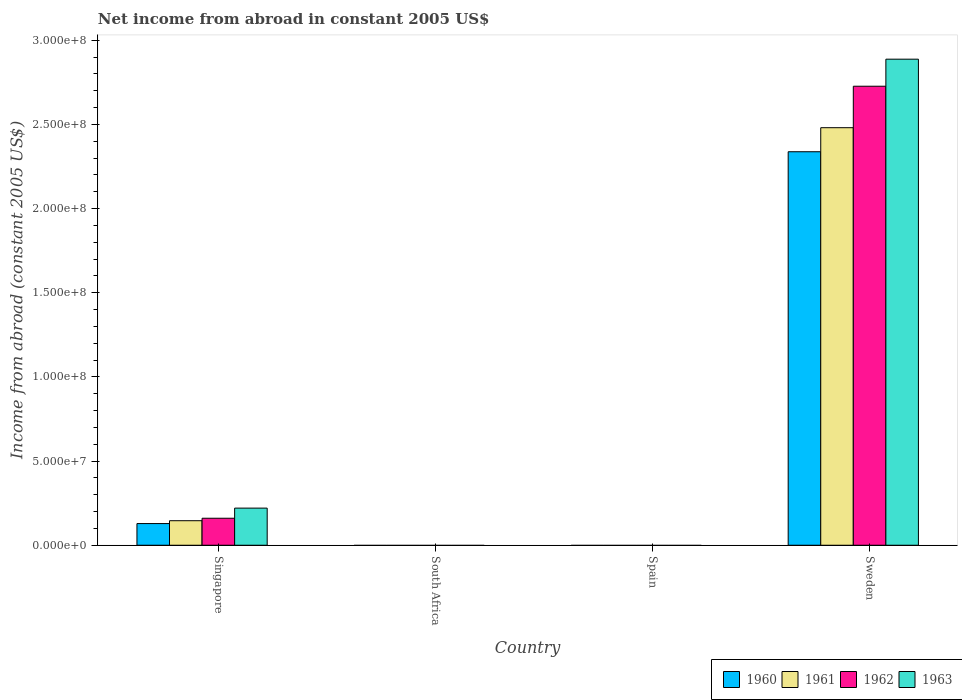
| Country | 1960 | 1961 | 1962 | 1963 |
 | --- | --- | --- | --- | --- |
 | Singapore | 1.29e+07 | 1.46e+07 | 1.6e+07 | 2.2e+07 |
 | South Africa | -3.31e+08 | -3.72e+08 | -3.27e+08 | -3.14e+08 |
 | Spain | -5.78e+07 | -6.29e+07 | -7.03e+07 | -8.44e+07 |
 | Sweden | 2.34e+08 | 2.48e+08 | 2.73e+08 | 2.89e+08 |